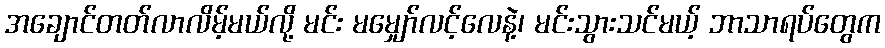
အချောင်တတ်လာလိမ့်မယ်လို့ မင်း မမျှော်လင့်လေနဲ့၊ မင်းသွားသင်မယ့် ဘာသာရပ်တွေက